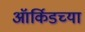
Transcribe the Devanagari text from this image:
ऑर्किडच्या